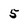
Character: 5